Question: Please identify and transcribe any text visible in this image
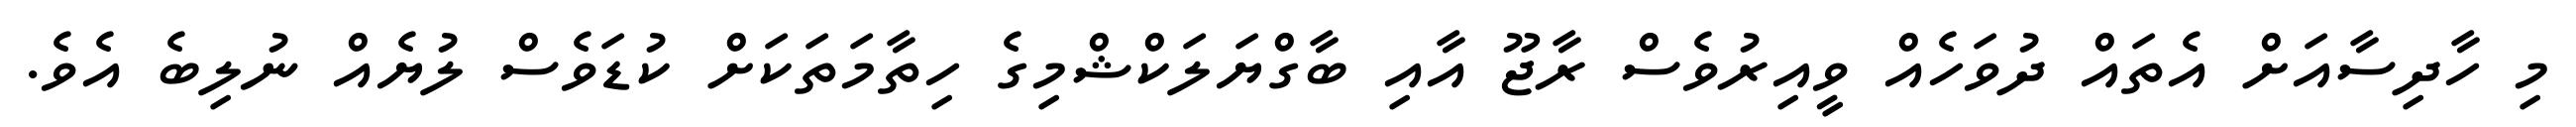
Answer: މި ހާދިސާއަށް އެތައް ދުވަހެއް ވީއިރުވެސް ރާޖޫ އާއި ބާގްޔަލަކްޝްމިގެ ހިތާމަތަކަށް ކުޑަވެސް ލުޔެއް ނުލިބެ އެވެ.